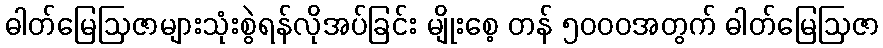
ဓါတ်မြေဩဇာများသုံးစွဲရန်လိုအပ်ခြင်း မျိုးစေ့ တန် ၅၀၀၀အတွက် ဓါတ်မြေဩဇာ